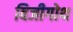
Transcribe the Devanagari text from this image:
विजीगोथ